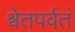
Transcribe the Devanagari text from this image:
श्वेतपर्वतं